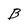
Character: B